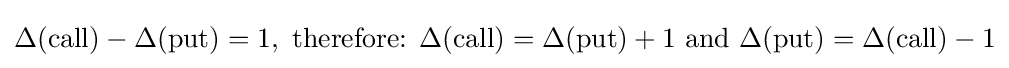
\Delta ({\text{call}})-\Delta ({\text{put}})=1,{\text{ therefore: }}\Delta ({\text{call}})=\Delta ({\text{put}})+1{\text{ and }}\Delta ({\text{put}})=\Delta ({\text{call}})-1